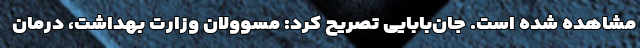
مشاهده شده است. جان‌بابایی تصریح کرد: مسوولان وزارت بهداشت، درمان